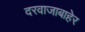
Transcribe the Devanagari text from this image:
दरवाजाबाहेर